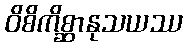
ဝိစိကိစ္ဆာနုသယဿ